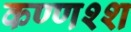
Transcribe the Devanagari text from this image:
कण्णश्श